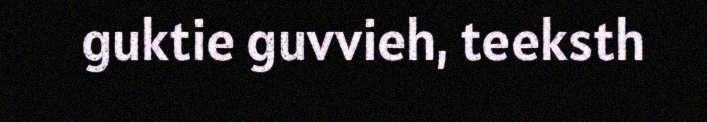
guktie guvvieh, teeksth